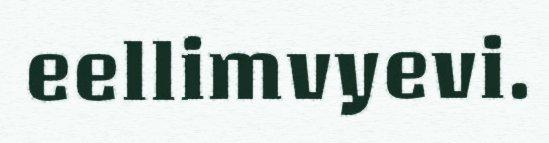
eellimvyevi.